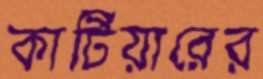
কার্টিয়ারের